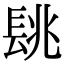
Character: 𨱵